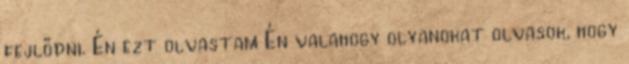
fejlődni. Én ezt olvastam Én valahogy olyanokat olvasok, hogy